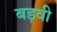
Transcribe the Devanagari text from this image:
बड़वी